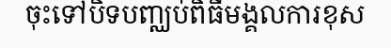
ចុះទៅបិទបញ្ឈប់ពិធីមង្គលការខុស